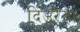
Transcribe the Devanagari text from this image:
दिउरैया